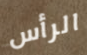
الرأس